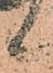
候